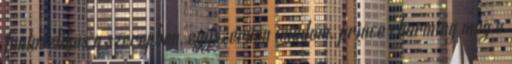
fantasztikus a szerepben, egyszerűen imádom. prince charming meg a